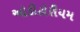
ઓડીટોરીયમ